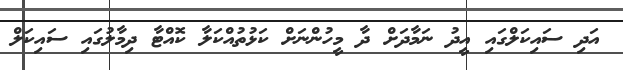
އަދި ސައިކަލްގައި އީދު ނަމާދަށް ދާ މީހުންނަށް ކަޅުތުއްކަލާ ކޮއްޓާ ދިމާލުގައި ސައިކަލް